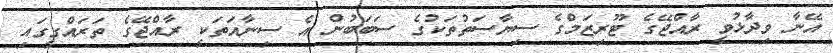
އޭނާ ވިދާޅުވީ ރާއްޖޭގެ ޓޫރިޒަމްގެ ސިޔާސަތުތަކުގެ ސަބަބުން އެ ސިނާއަތަކީ ރާއްޖޭގެ ތަރައްގީގައި